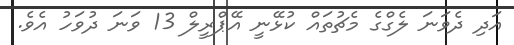
އަދި ދެވަނަ ލެގްގެ މެޗުތައް ކުޅޭނީ އޭޕްރީލް 13 ވަނަ ދުވަހު އެވެ.